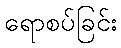
ရောစပ်ခြင်း